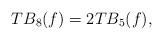
LaTeX: \begin{align*}TB_{8}(f)=2TB_{5}(f),\end{align*}